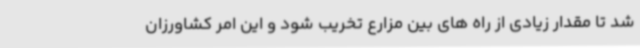
شد تا مقدار زیادی از راه های بین مزارع تخریب شود و این امر کشاورزان